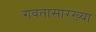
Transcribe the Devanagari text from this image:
गवतासारख्या